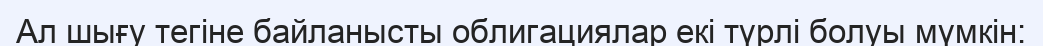
Ал шығу тегіне байланысты облигациялар екі түрлі болуы мүмкін: